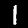
Label: 1